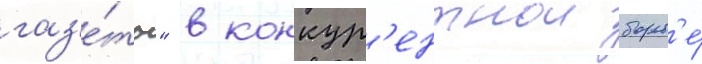
газ'е́ты" в конкур'ентнои борьб'е́